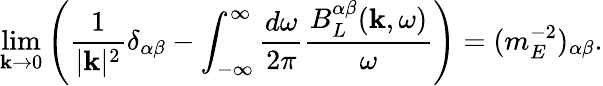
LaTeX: \operatorname*{lim}_{{\mathbf k}\to 0}\left(\frac{1}{|{\mathbf k}|^{2}}\delta_{\alpha\beta}-\int_{-\infty}^{\infty}\frac{d\omega}{2\pi}\frac{B_{L}^{\alpha\beta}({\mathbf k},\omega)}{\omega}\right)=(m_{E}^{-2})_{\alpha\beta}.